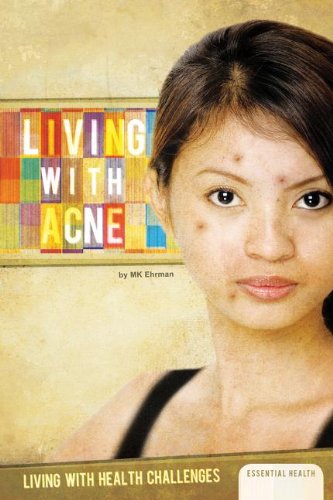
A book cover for Living with Acne (Living with Health Challenges (Abdo)); MK Ehrman; Teen & Young Adult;